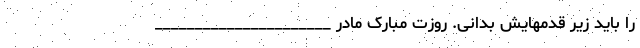
را باید زیر قدمهایش بدانی. روزت مبارک مادر ______________________